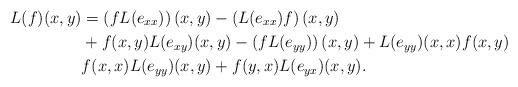
LaTeX: \begin{align*}L(f)(x,y)&=\left(fL(e_{xx})\right)(x,y)-\left(L(e_{xx})f\right)(x,y)\\&+f(x,y)L(e_{xy})(x,y)-\left(fL(e_{yy})\right)(x,y)+L(e_{yy})(x,x)f(x,y)\\&f(x,x)L(e_{yy})(x,y)+f(y,x)L(e_{yx})(x,y).\end{align*}